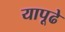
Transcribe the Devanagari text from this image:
यापूढे